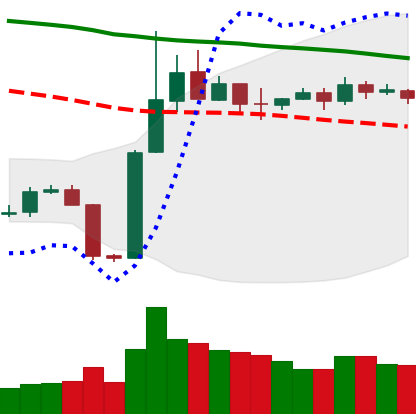
Ticker: BTC-USD
Chart end date: 2019-11-07
Forward return: -4.876%
Label: down_3_5